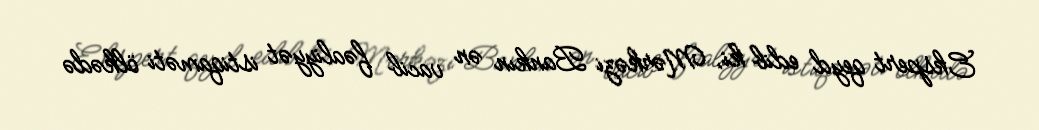
Ekspert qeyd edib ki, Mərkəzi Bankın ən vacib fəaliyyət istiqaməti ölkədə